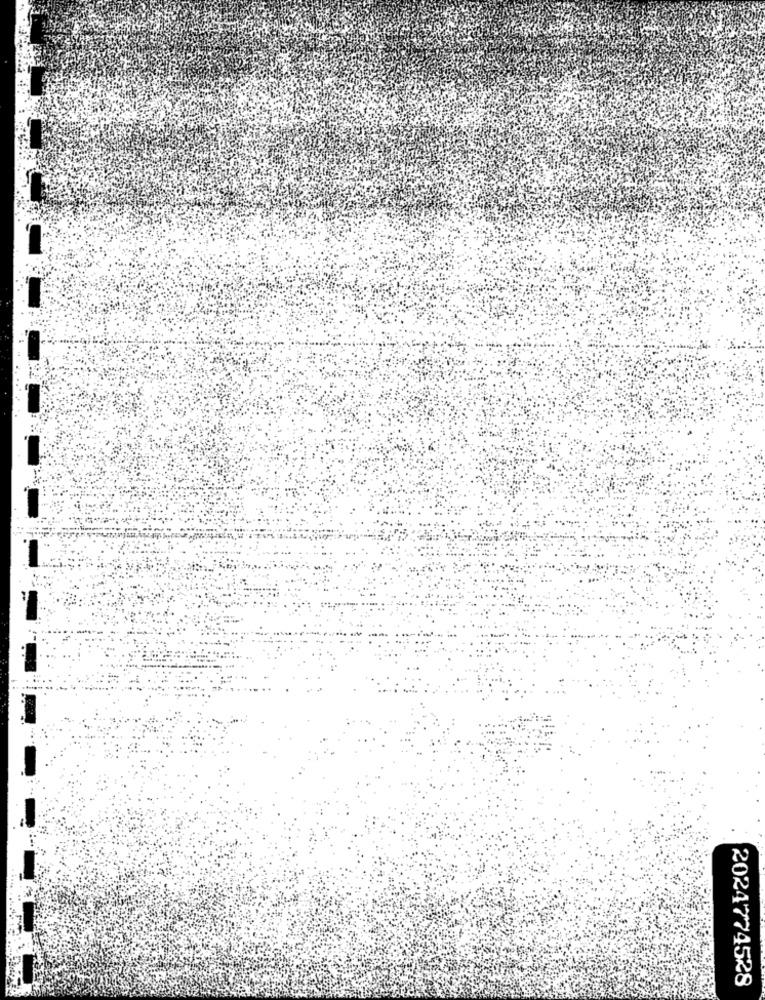
2024774528